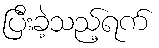
ပြီးခဲ့သည့်ရက်